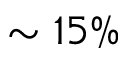
\sim 1 5 \%